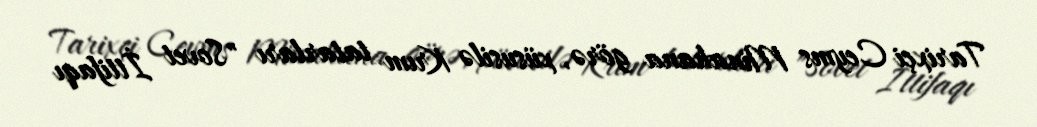
Tarixçi Ceyms Minahana görə, xüsusilə Krım tatarları "Sovet İttifaqı